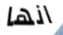
انها